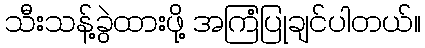
သီးသန့်ခွဲထားဖို့ အကြံပြုချင်ပါတယ်။